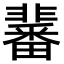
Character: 𩈀